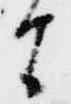
旨